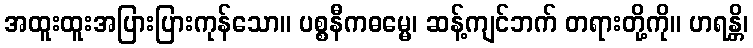
အထူးထူးအပြားပြားကုန်သော။ ပစ္စနီကဓမ္မေ၊ ဆန့်ကျင်ဘက် တရားတို့ကို။ ဟရန္တိ၊